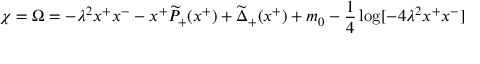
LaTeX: \chi = \Omega = - \lambda ^ { 2 } x ^ { + } x ^ { - } - x ^ { + } \widetilde { P } _ { + } ( x ^ { + } ) + \widetilde { \Delta } _ { + } ( x ^ { + } ) + m _ { 0 } - { \frac { 1 } { 4 } } \log [ - 4 \lambda ^ { 2 } x ^ { + } x ^ { - } ]